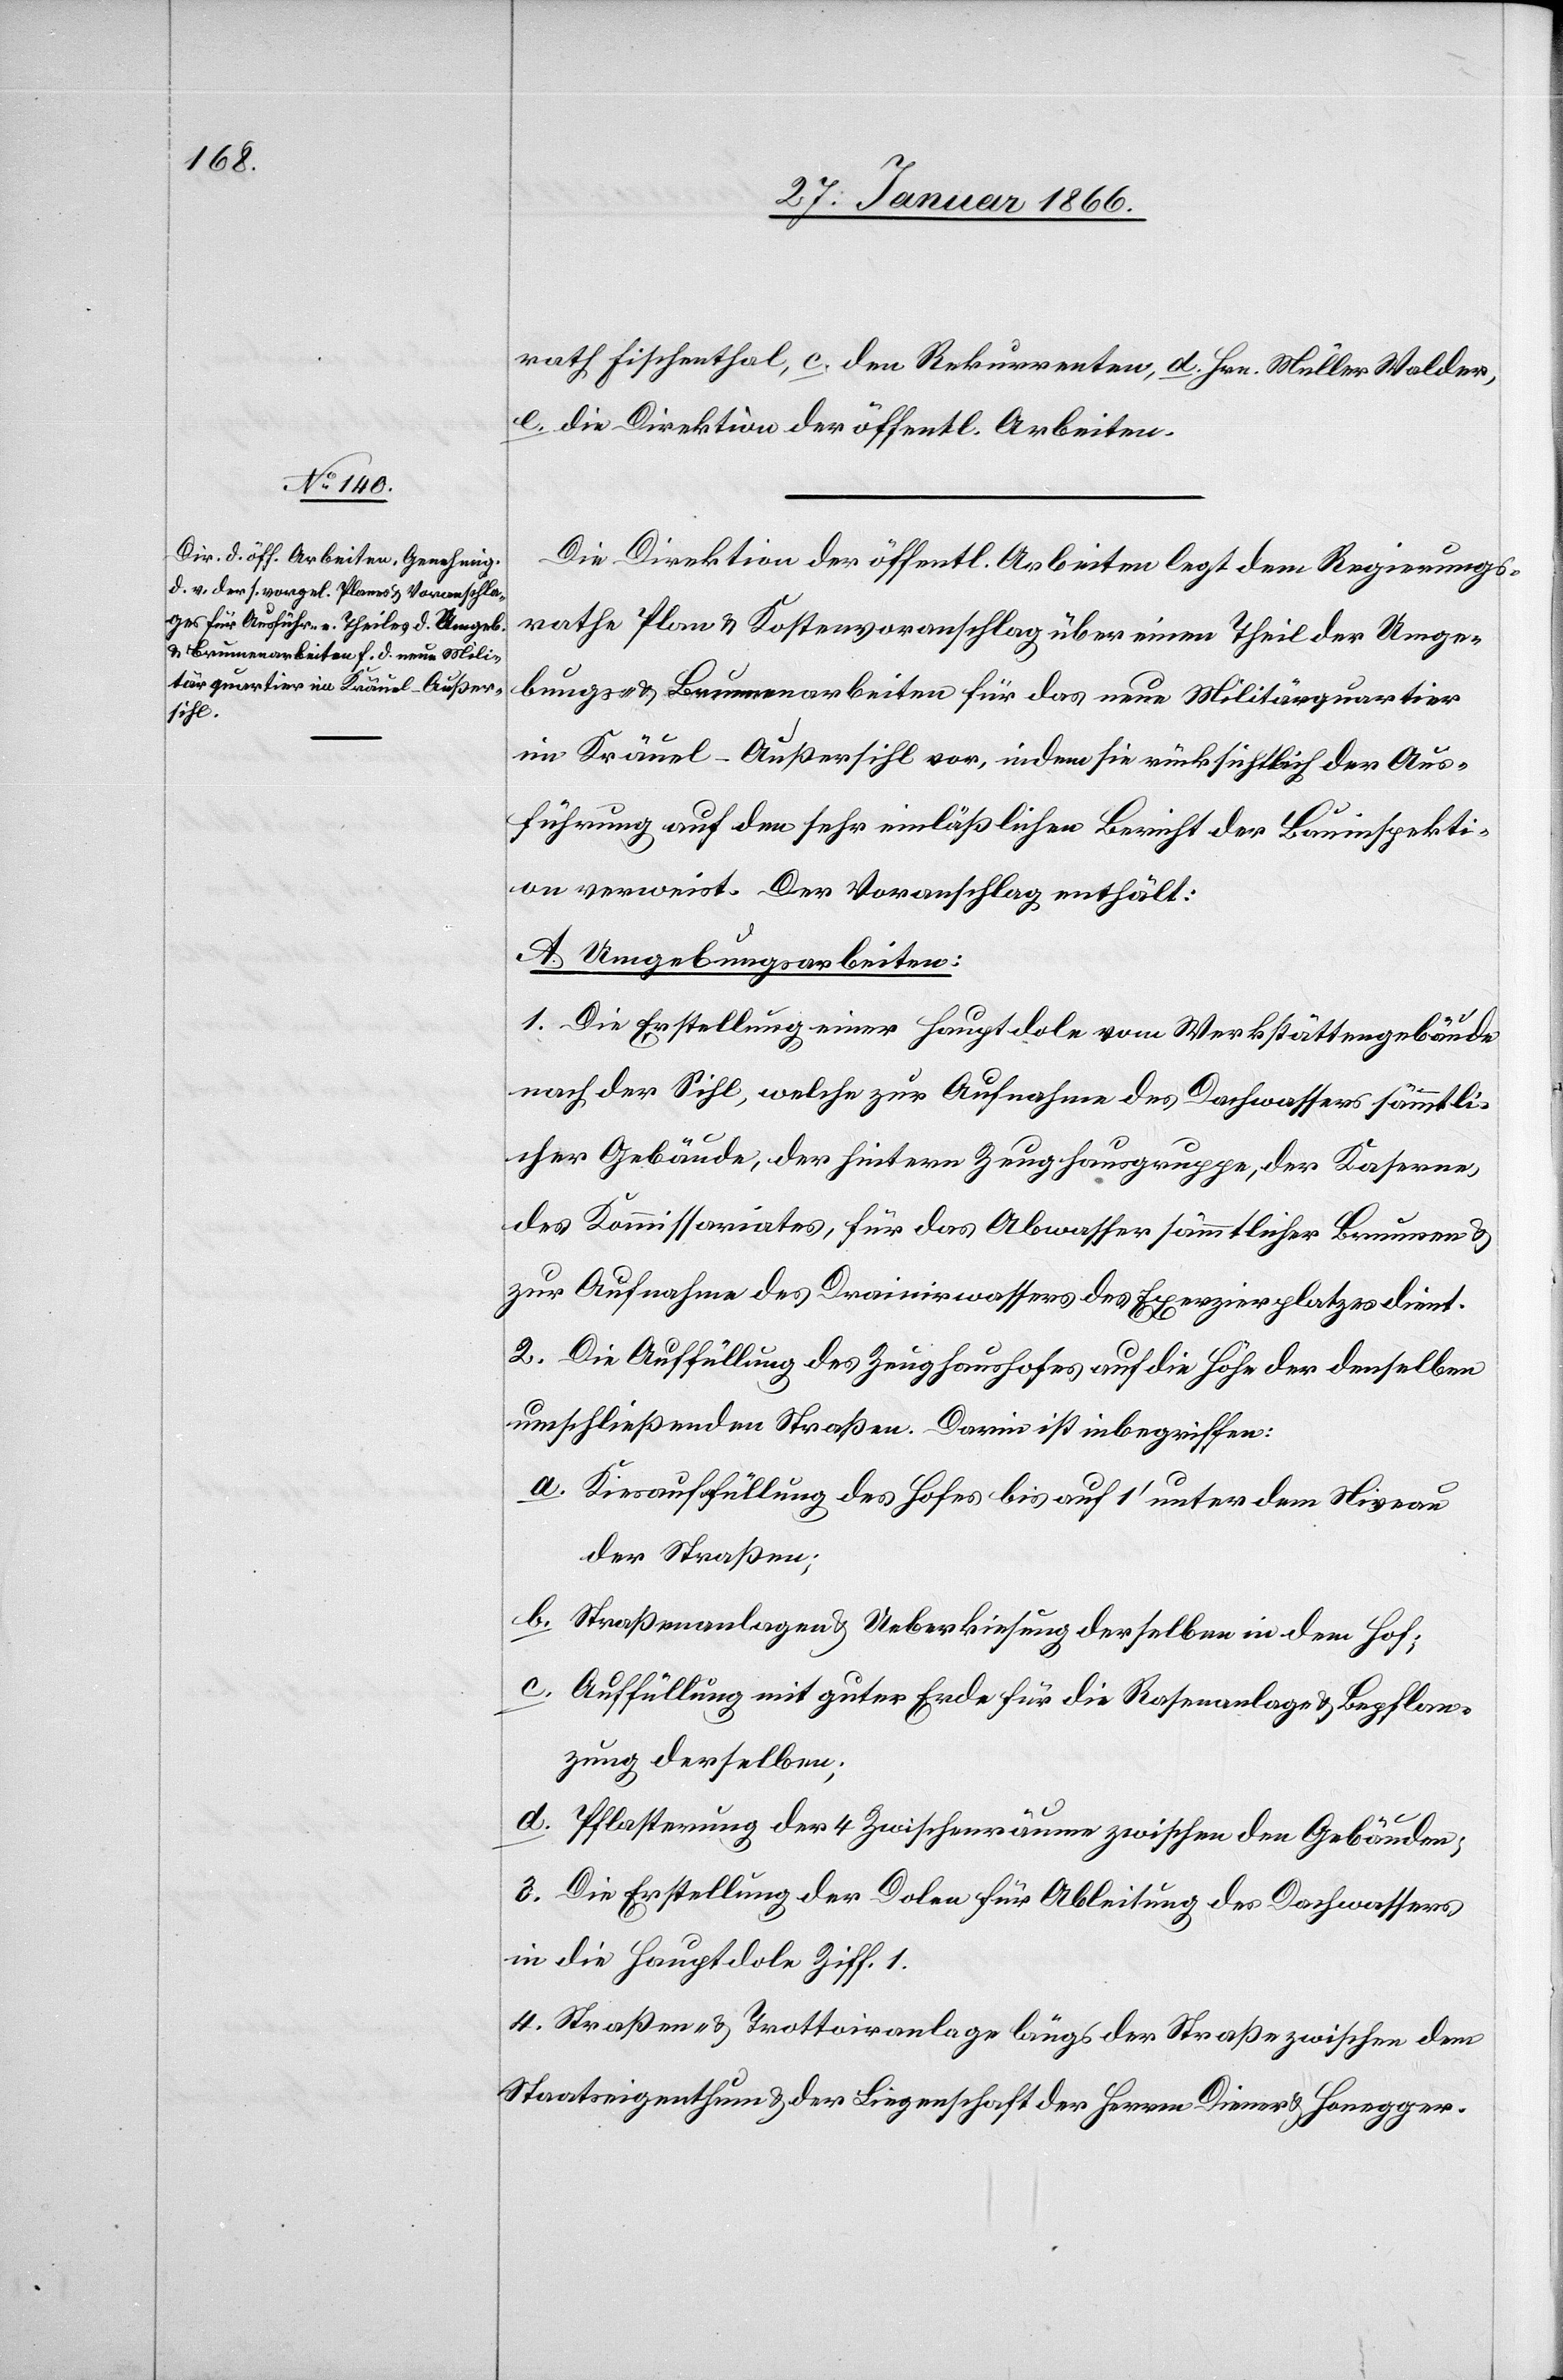
rath Fischenthal, c. den Rekurrenten d. Hrn. Müller Walder,
e. die Direktion der öffentl. Arbeiten.
Die Direktion der öffentl. Arbeiten legt dem Regierungs¬
rathe Plan u. Kostenvoranschlag über einen Theil der Umge¬
bungs- u. Brunnenarbeiten für das neue Militärquartier
im Kräuel - Außersihl vor, indem sie rücksichtlich der Aus¬
führung auf den sehr einläßlichen Bericht der Bauinspekti¬
on verweist. Der Voranschlag enthält:
A. Umgebungsarbeiten:
1. Die Erstellung einer Hauptdole vom Werkstättengebäude
nach der Sihl, welche zur Aufnahme des Dachwassers sämmtli¬
cher Gebäude, der hintern Zeughausgruppe, der Kaserne,
des Kommmissariates, für das Abwasser sämmtlicher Brunnen u.
zur Aufnahme des Drainirwassers des Exerzierplatzes dient.
2. Die Auffüllung des Zeughaushofes auf die Höhe der denselben
umschließenden Straßen. Darin ist inbegriffen:
a. Kiesauffüllung des Hofes bis auf 1‘ unter dem Niveau
der Straßen;
b. Straßenanlagen u. Ueberkiesung derselben in dem Hof;
c. Auffüllung mit guter Erde für die Rasenanlage u. Bepflan¬
zung derselben;
d. Pflasterung der 4 Zwischenräume zwischen den Gebäuden;
3. Die Erstellung der Dolen für Ableitung des Dachwassers
in die Hauptdohle Ziff. 1.
4. Straßen- u. Trottoiranlage längs der Straße zwischen dem
Staatseigenthum u. der Liegenschaft der Herrn Diener u. Honegger.